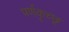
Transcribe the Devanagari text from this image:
पर्णकृच्छ्र